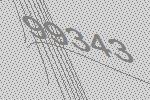
99343